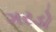
ગરડો